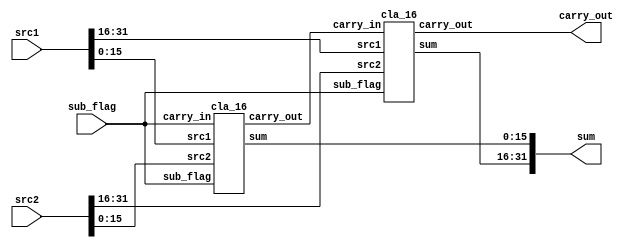
module cla_32(
    input [31:0] src1,
    input [31:0] src2,
    input sub_flag,
    output [31:0] sum,
    output carry_out
);

    wire carry;

    cla_16 low_16bit(
        .src1       (src1[15:0]),
        .src2       (src2[15:0]),
        .carry_in   (sub_flag),
        .sub_flag   (sub_flag),
        .sum        (sum[15:0]),
        .carry_out  (carry)
    );

    cla_16 high_16bit(
        .src1       (src1[31:16]),
        .src2       (src2[31:16]),
        .carry_in   (carry),
        .sub_flag   (sub_flag),
        .sum        (sum[31:16]),
        .carry_out  (carry_out)
    );
endmodule

module cla_16(
    input [15:0] src1,
    input [15:0] src2,
    input carry_in,
    input sub_flag,
    output [15:0] sum,
    output carry_out
);

    wire carry;

    cla_08 low_8bit(
        .src1       (src1[7:0]),
        .src2       (src2[7:0]),
        .carry_in   (carry_in),
        .sub_flag   (sub_flag),
        .sum        (sum[7:0]),
        .carry_out  (carry)
    );

    cla_08 high_8bit(
        .src1       (src1[15:8]),
        .src2       (src2[15:8]),
        .carry_in   (carry),
        .sub_flag   (sub_flag),
        .sum        (sum[15:8]),
        .carry_out  (carry_out)
    );
endmodule

module cla_08(
    input [7:0] src1,
    input [7:0] src2,
    input carry_in,
    input sub_flag,
    output [7:0] sum,
    output carry_out
);

    wire carry;

    cla_04 low_4bit(
        .src1       (src1[3:0]),
        .src2       (src2[3:0]),
        .carry_in   (carry_in),
        .sub_flag   (sub_flag),
        .sum        (sum[3:0]),
        .carry_out  (carry)
    );

    cla_04 high_4bit(
        .src1       (src1[7:4]),
        .src2       (src2[7:4]),
        .carry_in   (carry),
        .sub_flag   (sub_flag),
        .sum        (sum[7:4]),
        .carry_out  (carry_out)
    );
endmodule


module cla_04(
    input [3:0] src1,
    input [3:0] src2,
    input carry_in,
    input sub_flag,
    output [3:0] sum,
    output carry_out
);
    wire [3:0] _src2;

    wire [3:0] gen; //Generation
    wire [3:0] pro; //Propagation
    wire [3:0] carry;

    //Carry Look-Ahead Block BEGIN
    assign _src2 = sub_flag ? ~src2 : src2; //1's compliment or not
    assign gen = src1 & _src2;  //gernation
    assign pro = src1 ^ _src2;  //propagation

    assign carry[0] = gen[0] | pro[0] & carry_in;
    assign carry[1] = gen[1] | pro[1] & carry[0];
    assign carry[2] = gen[2] | pro[2] & carry[1];
    assign carry[3] = gen[3] | pro[3] & carry[2];
    assign carry_out = carry[3];
    //Carry Look-Ahead Block END

    fa fa_00(
        .src1       (src1[0]),
        .src2       (_src2[0]),
        .carry_in   (carry_in),
        .sum        (sum[0]),
        .carry_out  ()   
    );

    fa fa_01(
        .src1       (src1[1]),
        .src2       (_src2[1]),
        .carry_in   (carry[0]),
        .sum        (sum[1]),
        .carry_out  ()   
    );

    fa fa_02(
        .src1       (src1[2]),
        .src2       (_src2[2]),
        .carry_in   (carry[1]),
        .sum        (sum[2]),
        .carry_out  ()   
    );

    fa fa_03(
        .src1       (src1[3]),
        .src2       (_src2[3]),
        .carry_in   (carry[2]),
        .sum        (sum[3]),
        .carry_out  ()   
    );
endmodule


module fa(
    input src1,
    input src2,
    input carry_in,
    output sum,
    output carry_out
);

    assign sum = ((src1 ^ src2) ^ carry_in);
    assign carry_out = (src1 & src2) | (src2 & carry_in) | (carry_in & src1);
endmodule